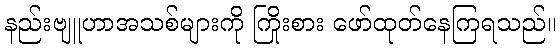
နည်းဗျူဟာအသစ်များကို ကြိုးစား ဖော်ထုတ်နေကြရသည်။